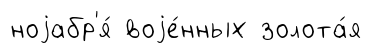
ноjабр'я́ воjе́нных золота́я